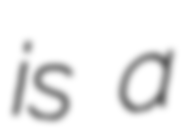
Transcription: is a